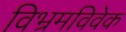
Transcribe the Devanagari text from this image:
विभ्रमविवेक